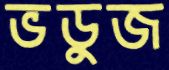
ভডুজ